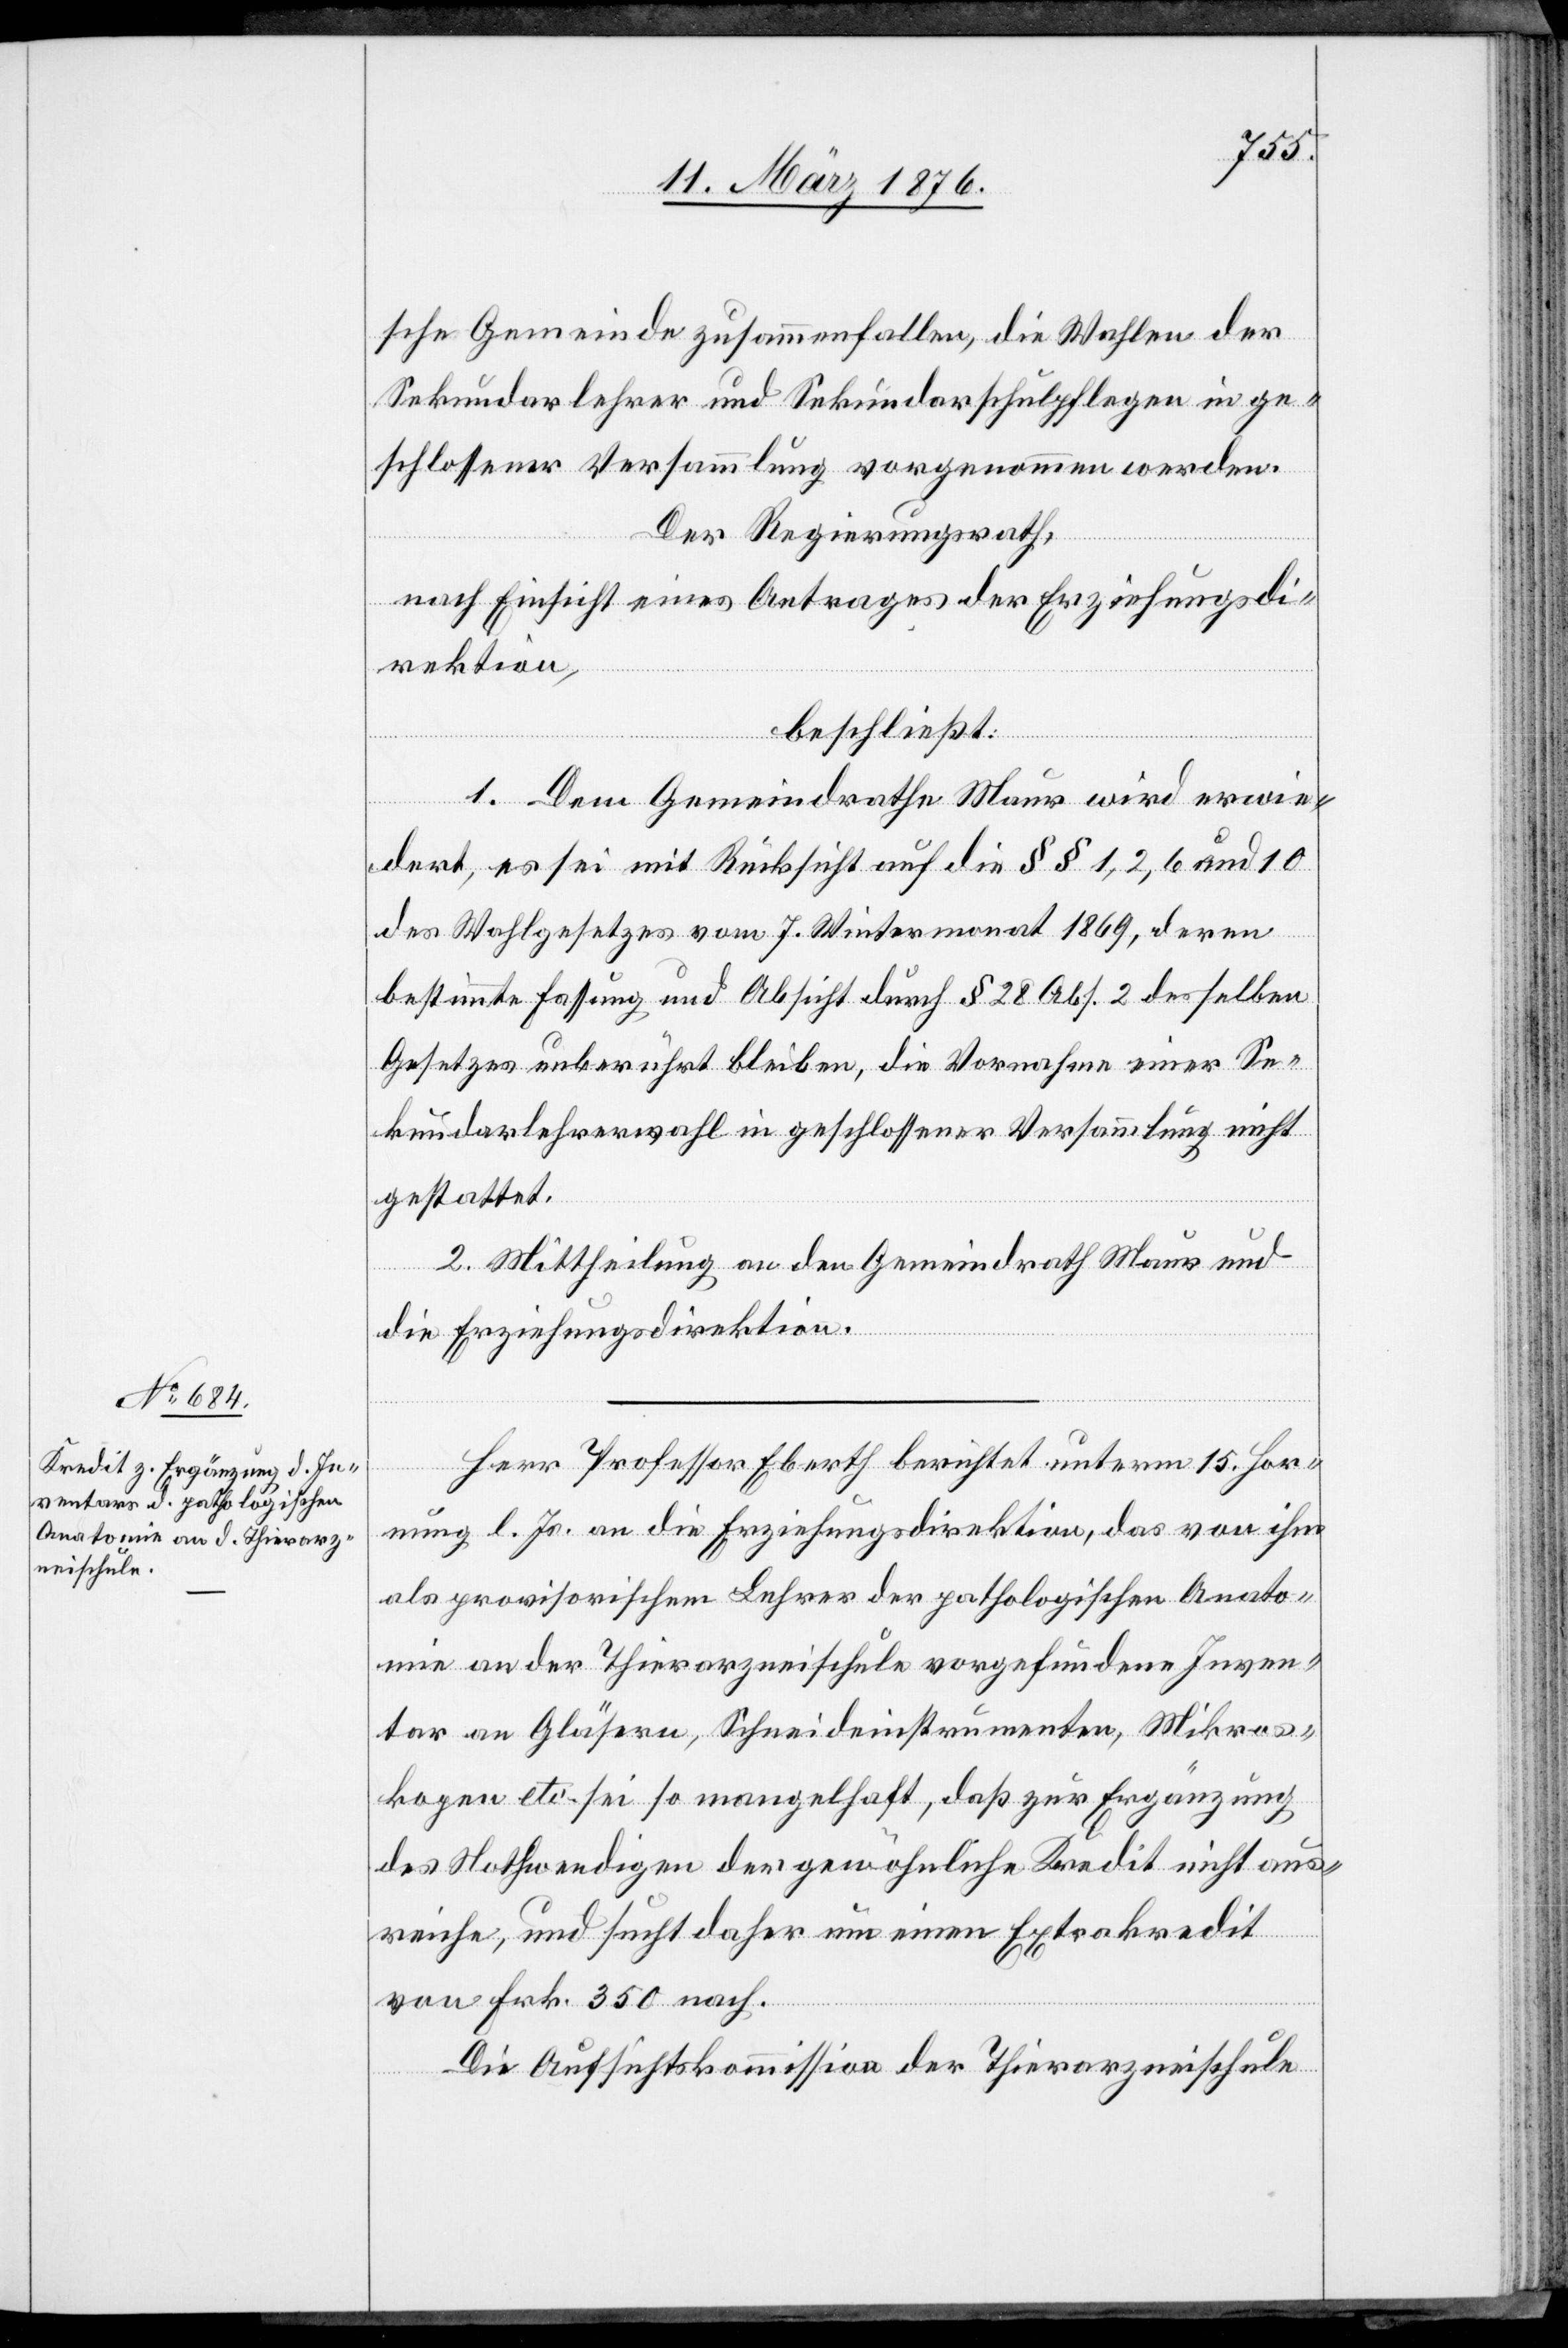
sche Gemeinde zusammenfallen, die Wahlen der
Sekundarlehrer und Sekundarschulpflegen in ge¬
schlossener Versammlung vorgenommen werden.
Der Regierungsrath,
nach Einsicht eines Antrages der Erziehungsdi¬
rektion,
beschließt:
1. Dem Gemeindrathe Maur wird erwie¬
dert, es sei mit Rücksicht auf die §§ 1, 2, 6 und 10
des Wahlgesetzes vom 7. Wintermonat 1869, deren
bestimmte Fassung und Absicht durch § 28 Abs. 2 desselben
Gesetzes unberührt bleiben, die Vornahme einer Se¬
kundarlehrerwahl in geschlossener Versammlung nicht
gestattet.
2. Mittheilung an den Gemeindrath Maur und
die Erziehungsdirektion.
Herr Professor Eberth berichtet unterm 15. Hor¬
nung l. Js. an die Erziehungsdirektion, das von ihm
als provisorischem Lehrer der pathologischen Anato¬
mie an der Thierarzneischule vorgefundene Inven¬
tar an Gläsern, Schneideinstrumenten, Mikros¬
kopen etc. sei so mangelhaft, daß zur Ergänzung
des Nothwendigen der gewöhnliche Kredit nicht aus¬
reiche, und sucht daher um einen Extrakredit
von Frk. 350 nach.
Die Aufsichtskommission der Thierarzneischule